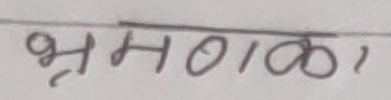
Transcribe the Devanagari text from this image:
भ्रमळा